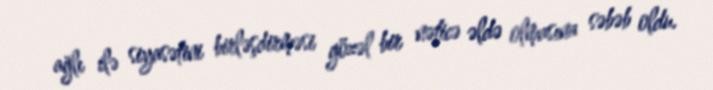
ağlı ilə siyasətini birləşdirməsi gözəl bir nəticə əldə olmasına səbəb oldu.